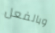
وبالفعل